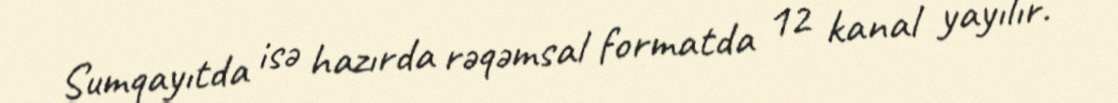
Sumqayıtda isə hazırda rəqəmsal formatda 12 kanal yayılır.